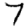
Digit: 7